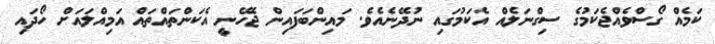
ކަމެއް ގޯސްވެއްޖެކަމުގެ ސިގްނަލެއް އެކަމުގައި ނުދޭނެއެވެ. މައިންބަފައިން ޖެހޭނީ އެކަންތައްތައް އަމިއްލައަށް ހޯދައި